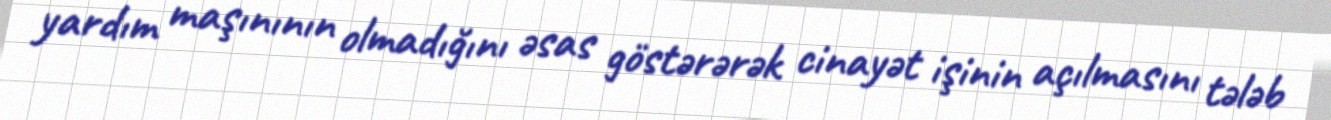
yardım maşınının olmadığını əsas göstərərək cinayət işinin açılmasını tələb